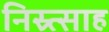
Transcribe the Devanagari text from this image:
निस्र्त्साह